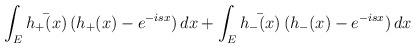
LaTeX: \begin{align*}\int_E\bar{h_+(x)}\,(h_+(x)-e^{-isx})\,dx+\int_E\bar{h_-(x)}\,(h_-(x)-e^{-isx})\,dx\end{align*}